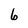
Character: 6